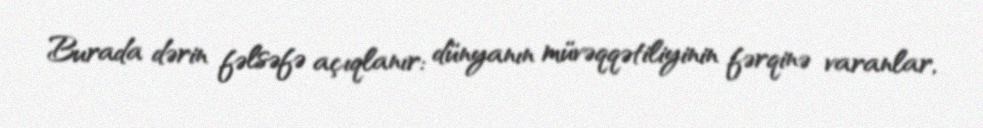
Burada dərin fəlsəfə açıqlanır: dünyanın müvəqqətiliyinin fərqinə varanlar,